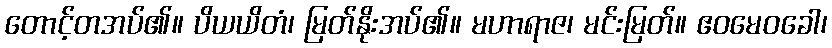
တောင့်တအပ်၏။ ပိယယိတံ၊ မြတ်နိုးအပ်၏။ မဟာရာဇ၊ မင်းမြတ်။ ဧဝမေဝခေါ၊